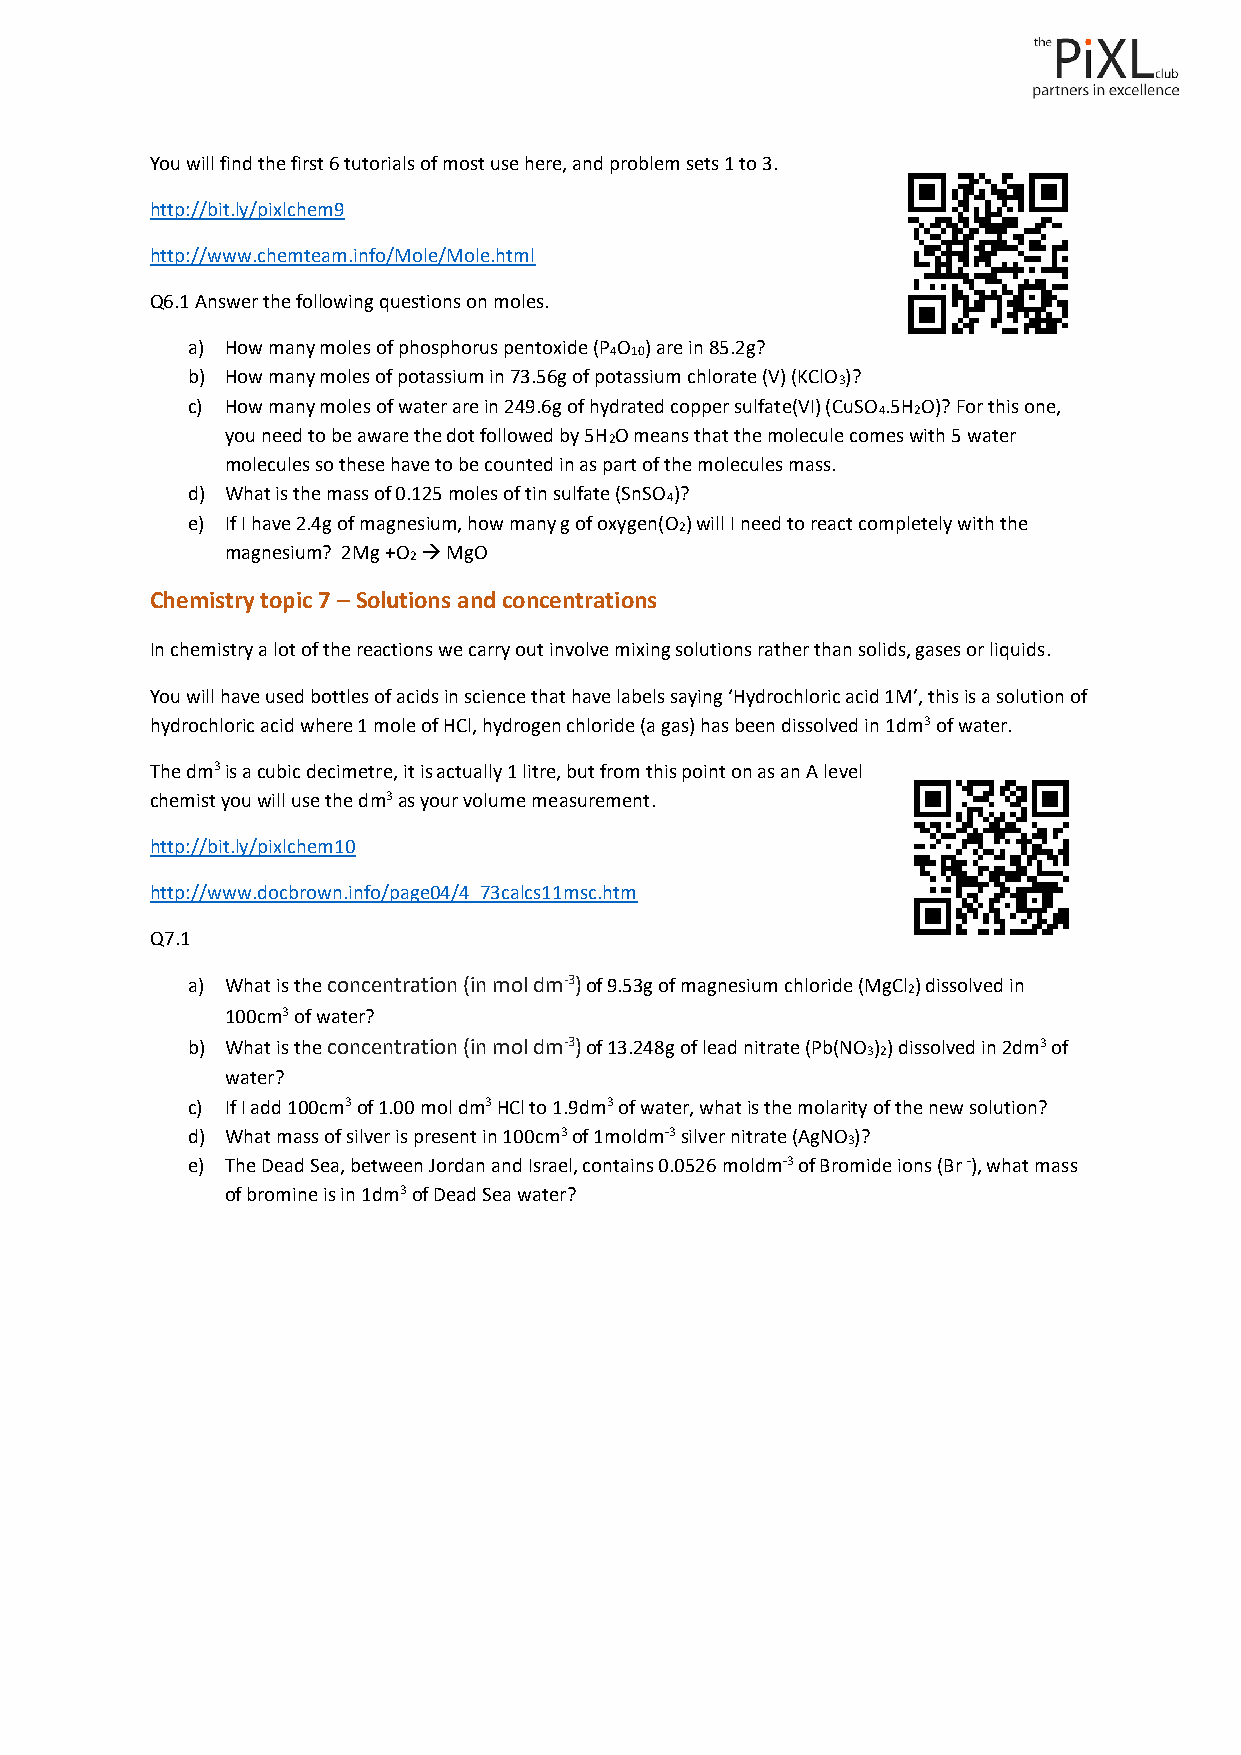
You will find the first 6 tutorials of most use here, and problem sets 1 to 3.
 http://bit.ly/pixlchem9
 http://www.chemteam.info/Mole/Mole.html
 Q6.1 Answer the following questions on moles.
 a) How many moles of phosphorus pentoxide (P O ) are in 85.2g?
 4 10
 b) How many moles of potassium in 73.56g of potassium chlorate (V) (KClO )?
 3
 c) How many moles of water are in 249.6g of hydrated copper sulfate(VI) (CuSO .5H O)? For this one,
 4  2
 you need to be aware the dot followed by 5H O means that the molecule comes with 5 water
 2
 molecules so these have to be counted in as part of the molecules mass.
 d) What is the mass of 0.125 moles of tin sulfate (SnSO )?
 4
 e) If I have 2.4g of magnesium, how many g of oxygen(O ) will I need to react completely with the
 2
 magnesium? 2Mg +O → MgO
 2
 Chemistry topic 7 – Solutions and concentrations
 In chemistry a lot of the reactions we carry out involve mixing solutions rather than solids, gases or liquids.
 You will have used bottles of acids in science that have labels saying ‘Hydrochloric acid 1M’, this is a solution of
 hydrochloric acid where 1 mole of HCl, hydrogen chloride (a gas) has been dissolved in 1dm3 of water.
 The dm3 is a cubic decimetre, it is actually 1 litre, but from this point on as an A level
 chemist you will use the dm3 as your volume measurement.
 http://bit.ly/pixlchem10
 http://www.docbrown.info/page04/4_73calcs11msc.htm
 Q7.1
 a) What is the concentration (in mol dm-3) of 9.53g of magnesium chloride (MgCl ) dissolved in
 2
 100cm3 of water?
 b) What is the concentration (in mol dm-3) of 13.248g of lead nitrate (Pb(NO ) ) dissolved in 2dm3 of
 32
 water?
 c) If I add 100cm3 of 1.00 mol dm3 HCl to 1.9dm3 of water, what is the molarity of the new solution?
 d) What mass of silver is present in 100cm3 of 1moldm-3 silver nitrate (AgNO )?
 3
 e) The Dead Sea, between Jordan and Israel, contains 0.0526 moldm-3 of Bromide ions (Br -), what mass
 of bromine is in 1dm3 of Dead Sea water?